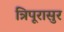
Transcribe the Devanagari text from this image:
त्रिपूरासुर